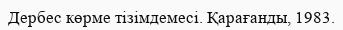
Дербес көрме тізімдемесі. Қарағанды, 1983.